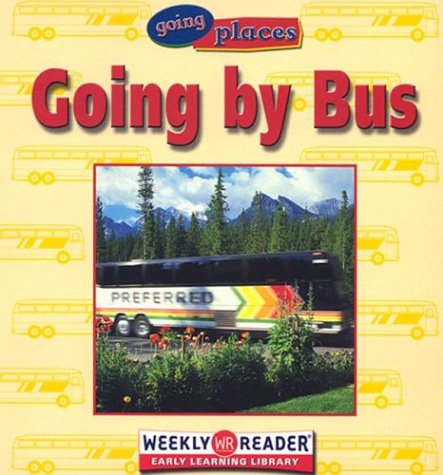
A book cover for Going by Bus (Going Places (Weekly Reader)); Susan Ashley; Children's Books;